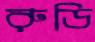
রুডি